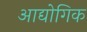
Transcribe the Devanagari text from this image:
आद्योगिक